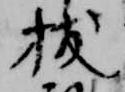
拔